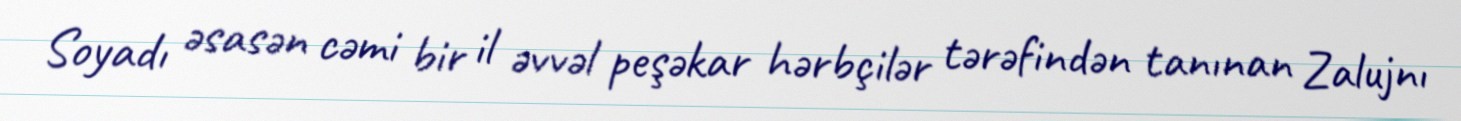
Soyadı əsasən cəmi bir il əvvəl peşəkar hərbçilər tərəfindən tanınan Zalujnı